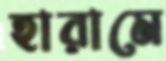
হারামে